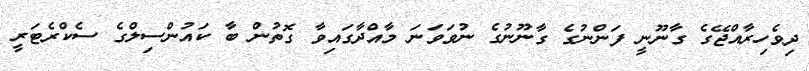
ދިވެހިރާއްޖޭގެ ގާނޫނީ ފަންނުގެ ގާނޫނުގެ ނުވަވަނަ މާއްދާގައިވާ ގޮތުން ބާ ކައުންސިލްގެ ސެކްރެޓަރީ